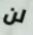
لن